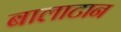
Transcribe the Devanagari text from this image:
बालाटान